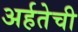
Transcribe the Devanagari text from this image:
अर्हतेची